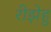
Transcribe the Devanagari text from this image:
रीझेहु